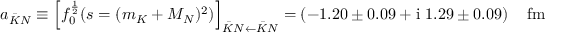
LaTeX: a _ { \bar { K } N } \equiv \left[ f _ { 0 } ^ { \frac 1 2 } ( s = ( m _ { K } + M _ { N } ) ^ { 2 } ) \right] _ { \bar { K } N \leftarrow \bar { K } N } = \left( - 1 . 2 0 \pm 0 . 0 9 + \mathrm { i } ~ 1 . 2 9 \pm 0 . 0 9 \right) \quad \mathrm { f m }